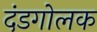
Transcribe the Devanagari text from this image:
दंडगोलक